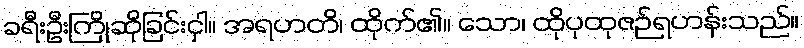
ခရီးဦးကြိုဆိုခြင်းငှါ။ အရဟတိ၊ ထိုက်၏။ သော၊ ထိုပုထုဇဉ်ရဟန်းသည်။